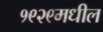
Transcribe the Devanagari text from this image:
१९२९मधील